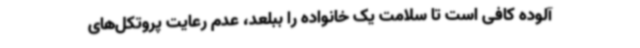
آلوده کافی است تا سلامت یک خانواده را ببلعد، عدم رعایت پروتکل‌های